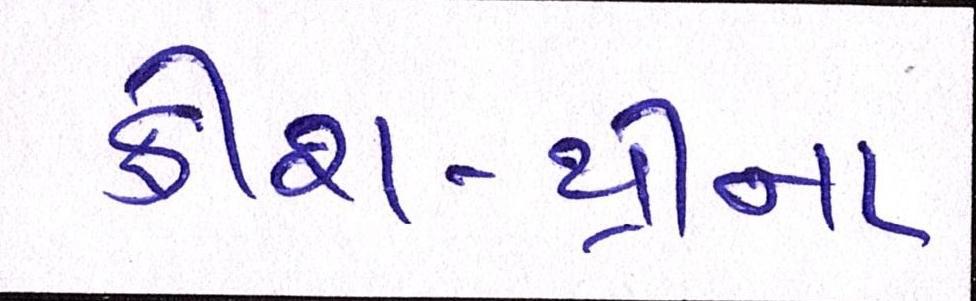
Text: ક્રીશ-થ્રીના